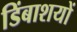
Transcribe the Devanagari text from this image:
डिंबाशयों